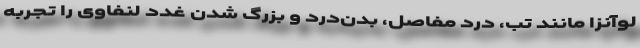
لوآنزا مانند تب، درد مفاصل، بدن‌درد و بزرگ شدن غدد لنفاوی را تجربه